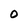
Character: 0